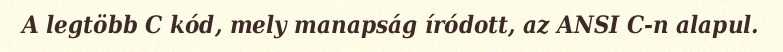
A legtöbb C kód, mely manapság íródott, az ANSI C-n alapul.